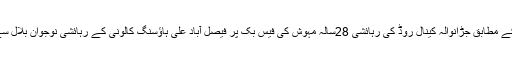
روزنامہ خبریں کے مطابق جڑانوالہ کینال روڈ کی رہائشی 28سالہ مہوش کی فیس بک پر فیصل آباد علی ہاﺅسنگ کالونی کے رہائشی نوجوان بلال سے دوستی ہو گئی۔